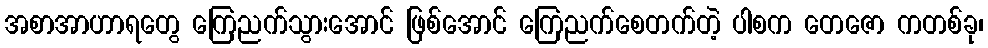
အစာအာဟာရတွေ ကြေညက်သွားအောင် ဖြစ်အောင် ကြေညက်စေတက်တဲ့ ပါစက တေဇော ကတစ်ခု၊